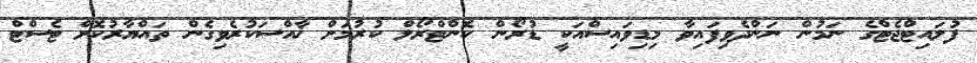
ފުލައިޓްޖެޓްގެ ނަމުން ނަންދެވިފައިވާ މިޑިވައިސްއަކީ ޑުރޯން ކޮންޓްރޯލް ކުރުމަށް ޚާއްސަކުރެވިގެން ތައްޔާރުކޮށް ޓެސްޓް